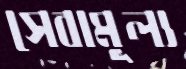
সেবামূল্য